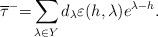
LaTeX: \begin{align*}\overline{\tau}^-{=}\sum_{\lambda\in Y} d_{\lambda}\varepsilon(h, \lambda)e^{\lambda-h}.\end{align*}